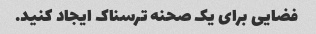
فضایی برای یک صحنه ترسناک ایجاد کنید.